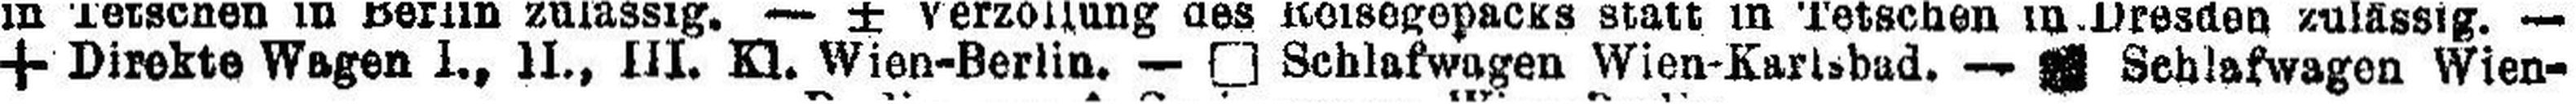
+ Direkte Wagen I., II., III. Kl. Wien-Berlin. — □ Schlafwagen Wien-Karlsbad.